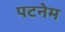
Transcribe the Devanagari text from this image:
पटनेम